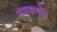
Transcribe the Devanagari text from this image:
समझायें।